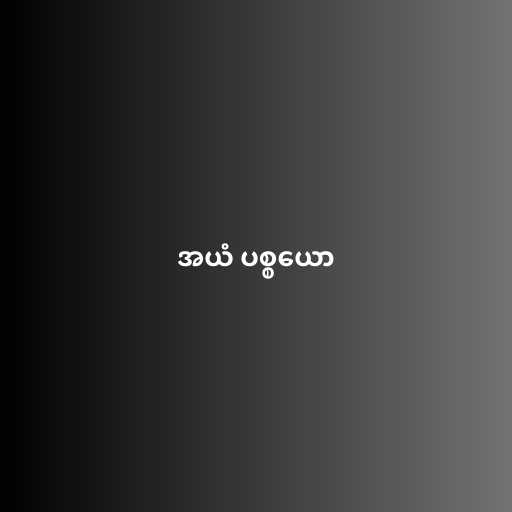
အယံ ပစ္စယော